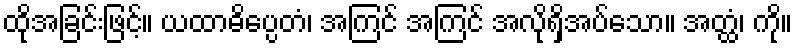
ထိုအခြင်းဖြင့်။ ယထာဓိပ္ပေတံ၊ အကြင် အကြင် အလိုရှိအပ်သော။ အတ္ထံ၊ ကို။